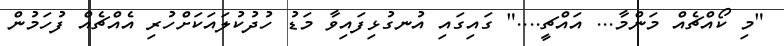
"މި ކޯއްޗެއް މަންމާ... އައްޗީ...." ގައިގައި އުނގުޅިފައިވާ މަޑު ހުދުކުލައަކަށްހުރި އެއްޗެއް ފުހަމުން